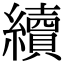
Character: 續